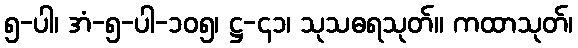
၅-ပါ၊ အံ-၅-ပါ-၁၀၅၊ ဋ္ဌ-၄၁၊ သုသဓရသုတ်။ ကထာသုတ်၊